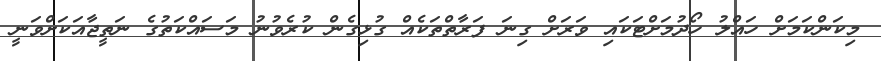
މިކަންކަމަށް ހައްލު ހޯދުމަށްޓަކައި ވަރަށް ގިނަ ފަރާތްތަކެއް ގުޅިގެން ކުރެވުނު މަސައްކަތުގެ ނަތީޖާއަކަށްވަނީ